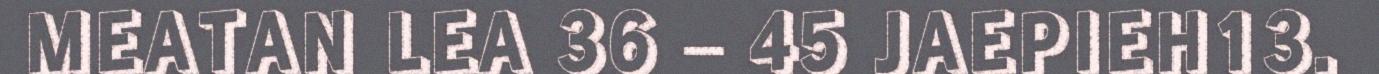
MEATAN LEA 36 – 45 JAEPIEH13.